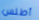
أطلس